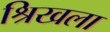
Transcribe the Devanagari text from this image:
श्रिखला